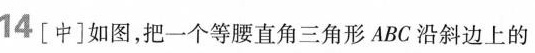
14[中]如图，把一个等腰直角三角形ABC沿斜边上的